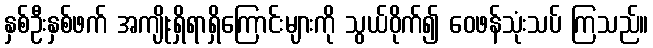
နှစ်ဦးနှစ်ဖက် အကျိုးရှိရာရှိကြောင်းများကို သွယ်ဝိုက်၍ ဝေဖန်သုံးသပ် ကြသည်။